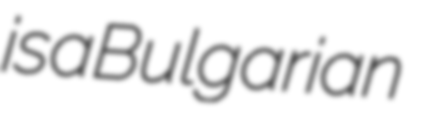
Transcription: is a Bulgarian